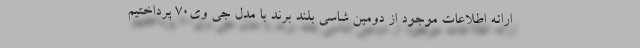
ارائه اطلاعات موجود از دومین شاسی بلند برند با مدل جی وی70 پرداختیم